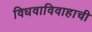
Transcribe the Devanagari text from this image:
विधवाविवाहाची